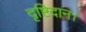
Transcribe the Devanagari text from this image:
दृष्टिदान।